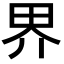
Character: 界